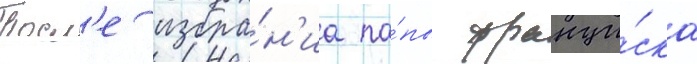
Посл'е избра́н'иа па́пы франци́ска